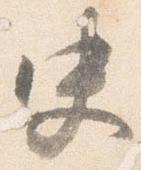
史